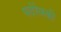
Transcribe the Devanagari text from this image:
पादेरेव्स्की